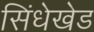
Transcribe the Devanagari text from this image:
सिंधेखेड